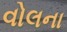
વોલના